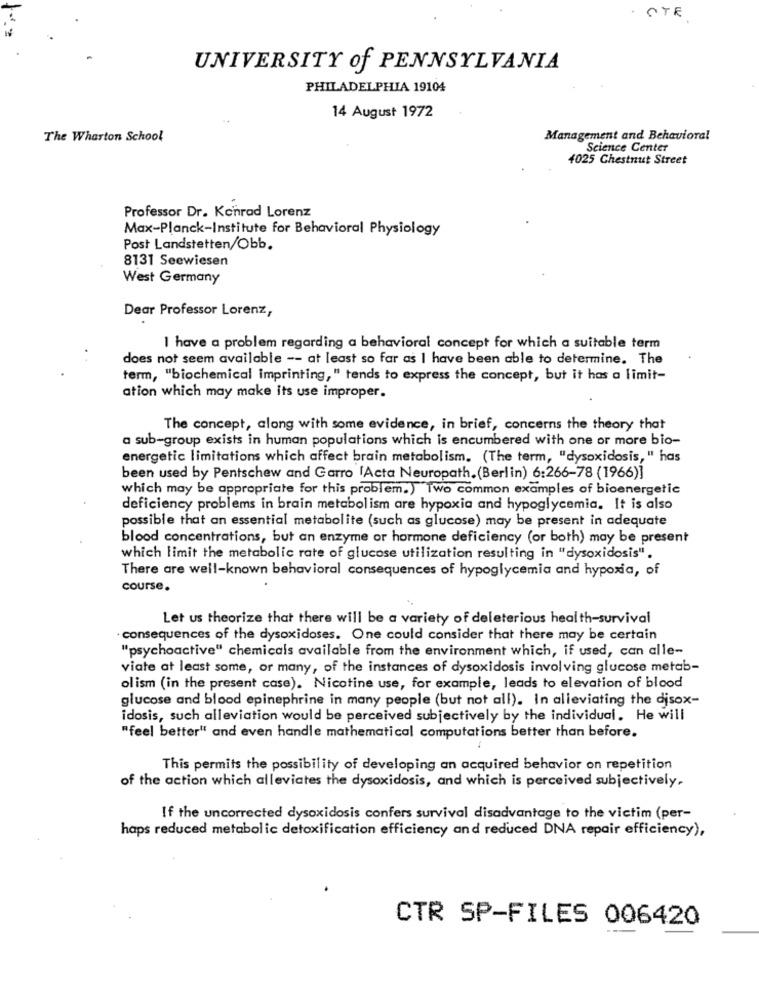
STE
UNIVERSITY of PENNSYLVANIA
PHILADELPHIA 19104
14 August 1972
The Wharton School
Management and Behavioral
Science Center
4025 Chestnut Street
Professor Dr. Konrad Lorenz
Max-Planck-Institute for Behavioral Physiology
Post Landstetten/Obb.
8131 Seewiesen
West Germany
Dear Professor Lorenz,
I have a problem regarding a behavioral concept for which a suitable term
does not seem available -- at least so far as I have been able to determine. The
term, "biochemical imprinting," tends to express the concept, but it has a limit-
ation which may make its use improper.
The concept, along with some evidence, in brief, concerns the theory that
a sub-group exists in human populations which is encumbered with one or more bio-
energetic limitations which affect brain metabolism. (The term, "dysoxidosis, " has
been used by Pentschew and Garro [Acta Neuropath.(Berlin) 6:266-78 (1966)]
which may be appropriate for this problem.) Two common examples of bioenergetic
deficiency problems in brain metabolism are hypoxia and hypoglycemia. It is also
possible that an essential metabolite (such as glucose) may be present in adequate
blood concentrations, but an enzyme or hormone deficiency (or both) may be present
which limit the metabolic rate of glucose utilization resulting in "dysoxidosis".
There are well-known behavioral consequences of hypoglycemia and hypoxia, of
course.
Let us theorize that there will be a variety of deleterious health-survival
consequences of the dysoxidoses. One could consider that there may be certain
"psychoactive" chemicals available from the environment which, if used, can alle-
viate at least some, or many, of the instances of dysoxidosis involving glucose metab-
ol ism (in the present case). Nicotine use, for example, leads to elevation of blood
glucose and blood epinephrine in many people (but not all). In alleviating the disox-
idosis, such alleviation would be perceived subjectively by the individual. He will
"feel better" and even handle mathematical computations better than before.
This permits the possibility of developing an acquired behavior on repetition
of the action which alleviates the dysoxidosis, and which is perceived subjectively.
If the uncorrected dysoxidosis confers survival disadvantage to the victim (per-
haps reduced metabolic detoxification efficiency and reduced DNA repair efficiency),
CTR SP-FILES 006420